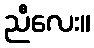
ညီလေး။